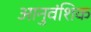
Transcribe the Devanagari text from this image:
आनुवंशिक